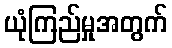
ယုံကြည်မှုအတွက်